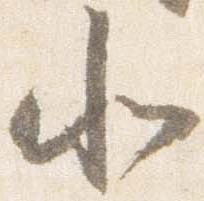
北